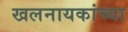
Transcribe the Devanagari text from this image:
खलनायकांच्या